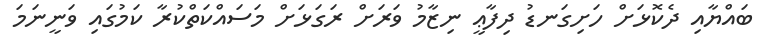
ބައްޔާއި ދެކޮޅަށް ހަށިގަނޑު ދިފާޢީ ނިޒާމު ވަރަށް ރަގަޅަށް މަސައްކަތްކުރާ ކަމުގައި ވަނީނަމަ